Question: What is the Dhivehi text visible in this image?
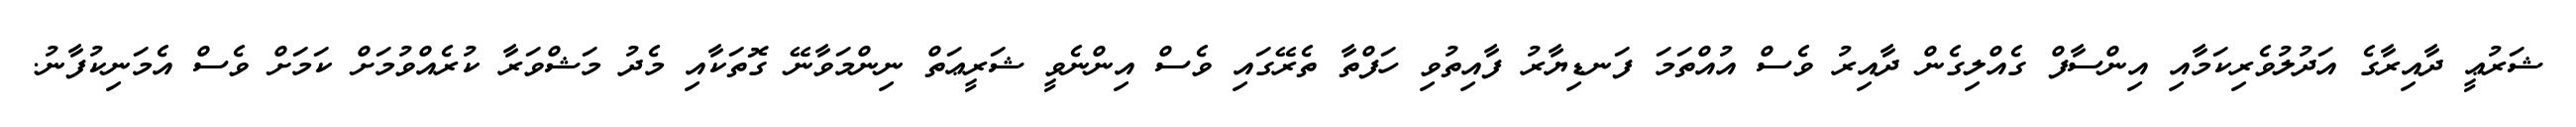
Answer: ޝަރުޢީ ދާއިރާގެ އަދުލުވެރިކަމާއި އިންސާފް ގެއްލިގެން ދާއިރު ވެސް އުއްތަމަ ފަނޑިޔާރު ފާއިތުވި ހަފްތާ ތެރޭގައި ވެސް އިންނެވީ ޝަރީޢަތް ނިންމަވާނޭ ގޮތަކާއި މެދު މަޝްވަރާ ކުރެއްވުމަށް ކަމަށް ވެސް އެމަނިކުފާނު.